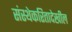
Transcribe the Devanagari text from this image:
संस्थेकरितादेखील